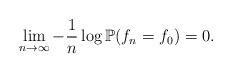
\begin{align*}\lim_{n\to \infty}-\frac 1n \log \mathbb P(f_n=f_0)=0.\end{align*}